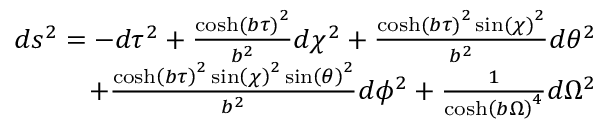
\begin{array} { r } { d s ^ { 2 } = - d \tau ^ { 2 } + \frac { \cosh \left( b { \tau } \right) ^ { 2 } } { b ^ { 2 } } d \chi ^ { 2 } + \frac { \cosh \left( b { \tau } \right) ^ { 2 } \sin \left( { \chi } \right) ^ { 2 } } { b ^ { 2 } } d \theta ^ { 2 } } \\ { + \frac { \cosh \left( b { \tau } \right) ^ { 2 } \sin \left( { \chi } \right) ^ { 2 } \sin \left( { \theta } \right) ^ { 2 } } { b ^ { 2 } } d \phi ^ { 2 } + \frac { 1 } { \cosh \left( b { \Omega } \right) ^ { 4 } } d \Omega ^ { 2 } } \end{array}